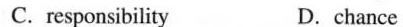
C. responsibility